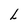
Character: L